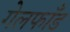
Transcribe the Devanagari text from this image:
गेलफाँड